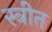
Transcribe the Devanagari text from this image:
स्त्रीत